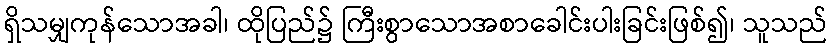
ရှိသမျှကုန်သောအခါ၊ ထိုပြည်၌ ကြီးစွာသောအစာခေါင်းပါးခြင်းဖြစ်၍၊ သူသည်